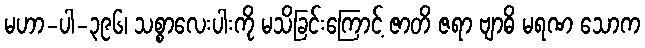
မဟာ-ပါ-၃၉၆၊ သစ္စာလေးပါးကို မသိခြင်းကြောင့် ဇာတိ ဇရာ ဗျာဓိ မရဏ သောက